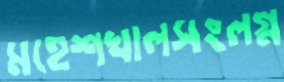
মহেশখালসংলগ্ন